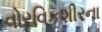
વોરવિકશીરના